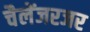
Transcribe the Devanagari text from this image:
चैलेंजरजर